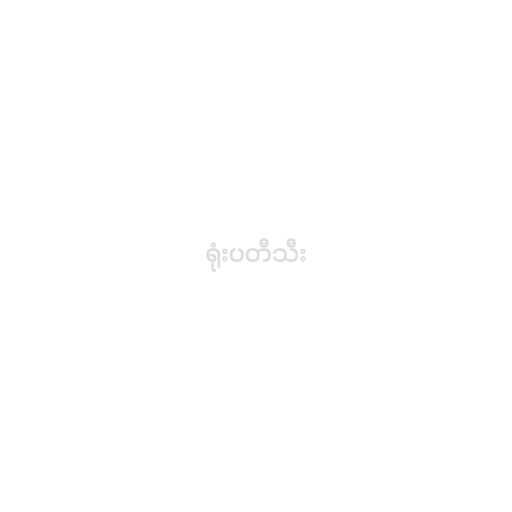
ရုံးပတီသီး